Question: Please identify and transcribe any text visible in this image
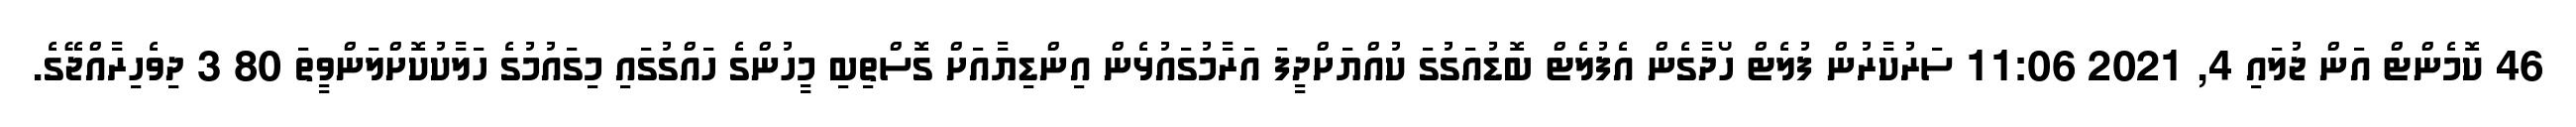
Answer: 46 ކޮމެންޓް އަން ޖުލައި 4, 2021 11:06 ސަރުކާރުން ފުލެޓް ހޯދާގެން އެފުލެޓް ބޮޑުއަގުގަ ކުއްޔަށްދީފަ އަރާމުގައުޅެން އިންޑިޔާއަށް ގޮސްތިބި މީހުންގެ ހައްގުގައި މިގައުމުގެ ހަލާކުކޮށްލަންވީތަ 80 3 ދިވެހިރާއްޖޭގެ.